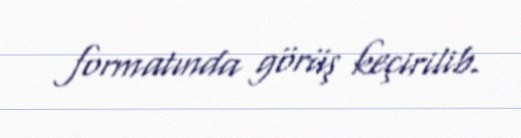
formatında görüş keçirilib.